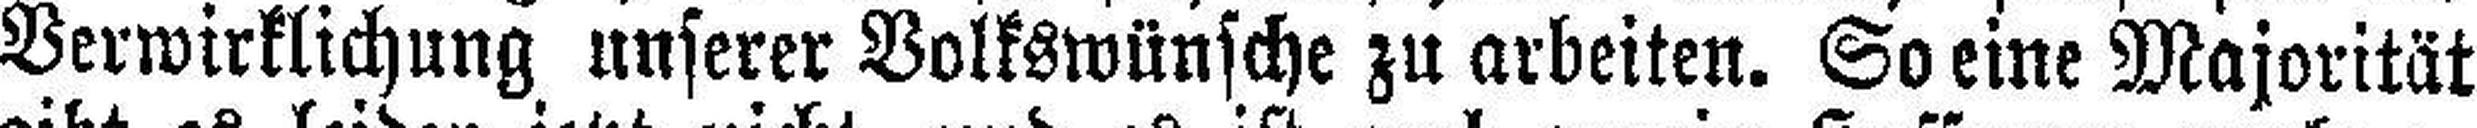
Verwirklichung unserer Volkswünsche zu arbeiten. So eine Majorität